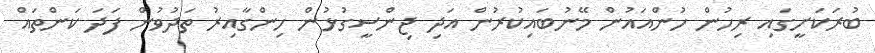
ބުރަކަށީގައި ރިހުން ހުންއައުން މޭނުބައިކުރުން އަދި ޖިންސީގުޅުން ހިންގާއިރު ތަދުވުން ފަދަ ކަންތައް